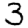
Digit: 3